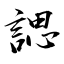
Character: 諰